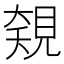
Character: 𧡅